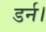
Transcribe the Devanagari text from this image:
डर्न।